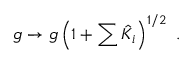
g \rightarrow g \left( 1 + \sum \hat { K } _ { i } \right) ^ { 1 / 2 } \, \, .